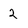
Character: 2